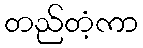
တည်တံ့ကာ